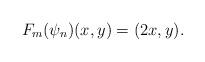
LaTeX: \begin{align*}F_m(\psi_n)(x,y)= (2x,y).\end{align*}